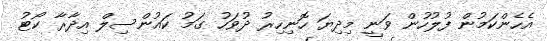
އެހެންކަމުން ފުލުހުން ވަނީ މިދިޔަ ހޮނިހިރު ދުވަހު ގަމު ކައުންސިލް އިދާރާ ކޯޓު